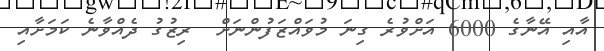
އާއި އޭނާގެ 6000 އަށްވުރެ ގިނަ މުވައްޒަފުންނަށް  ރިޒުގު ދެއްވާނެ ކަމަށާއި